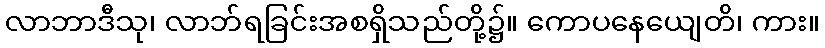
လာဘာဒီသု၊ လာဘ်ရခြင်းအစရှိသည်တို့၌။ ကောပနေယျေတိ၊ ကား။